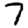
Digit: 7